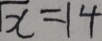
\sqrt { x } = 1 4